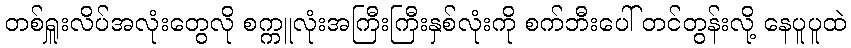
တစ်ရှူးလိပ်အလုံးတွေလို စက္ကူလုံးအကြီးကြီးနှစ်လုံးကို စက်ဘီးပေါ် တင်တွန်းလို့ နေပူပူထဲ